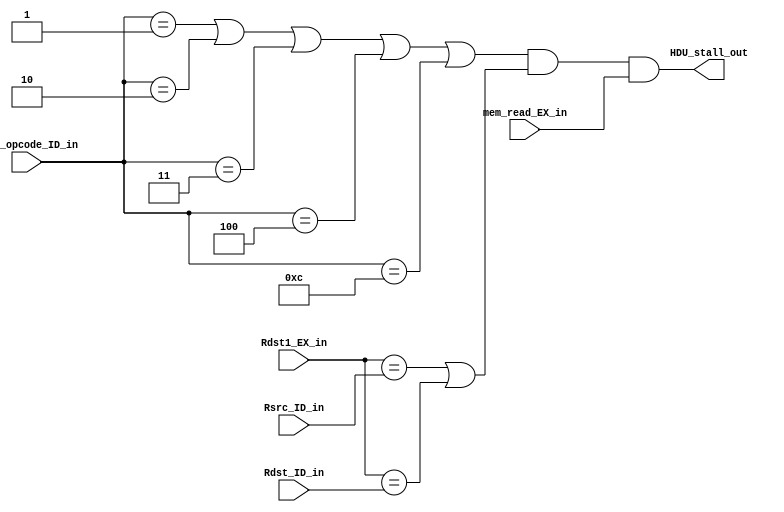
/*this is the hazard detection unit*/
module HDU(HDU_stall_out, Rdst1_EX_in, mem_read_EX_in, Rdst_ID_in, Rsrc_ID_in, inst_opcode_ID_in);

/*this is the stall signal coming out of the hazard detection unit*/
output wire HDU_stall_out;

/*this is the Rdst number in the execute stage*/
input wire [2:0] Rdst1_EX_in;

/*this is the memory read signal coming from the execute stage*/
input wire mem_read_EX_in;

/*this is the Rdst number in the instruction decode stage*/
input wire [2:0] Rdst_ID_in;

/*this is the Rsrc number in the instruction decode stage*/
input wire [2:0] Rsrc_ID_in;

/*this is the opcode of the instruction in the decode stage*/
input wire [3:0] inst_opcode_ID_in;



/**************************************************************
	temp wire to make the code looks clean
**************************************************************/
wire is_instr_match_hazard;		// to detect the instructions that causes hazards after LDD or OUT like (R_type and B_type)
wire is_there_depenedency;		// to detect if there is a dependency between the current stage and the next stage

/**************************************************************
	we will only stall 1 cycle in the following cases:
		case 1:	LDD or OUT
				then
				R_type instrucion
		case 2: LDD or OUT
				then
				B_type instruction
**************************************************************/
assign is_instr_match_hazard = (inst_opcode_ID_in == 4'd1 || inst_opcode_ID_in == 4'd2 || inst_opcode_ID_in == 4'd3 || inst_opcode_ID_in == 4'd4 || inst_opcode_ID_in == 4'd12);
assign is_there_depenedency = (Rdst1_EX_in == Rsrc_ID_in || Rdst1_EX_in == Rdst_ID_in);
assign HDU_stall_out = is_instr_match_hazard & is_there_depenedency & mem_read_EX_in;


endmodule